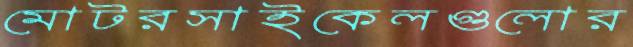
মোটরসাইকেলগুলোর